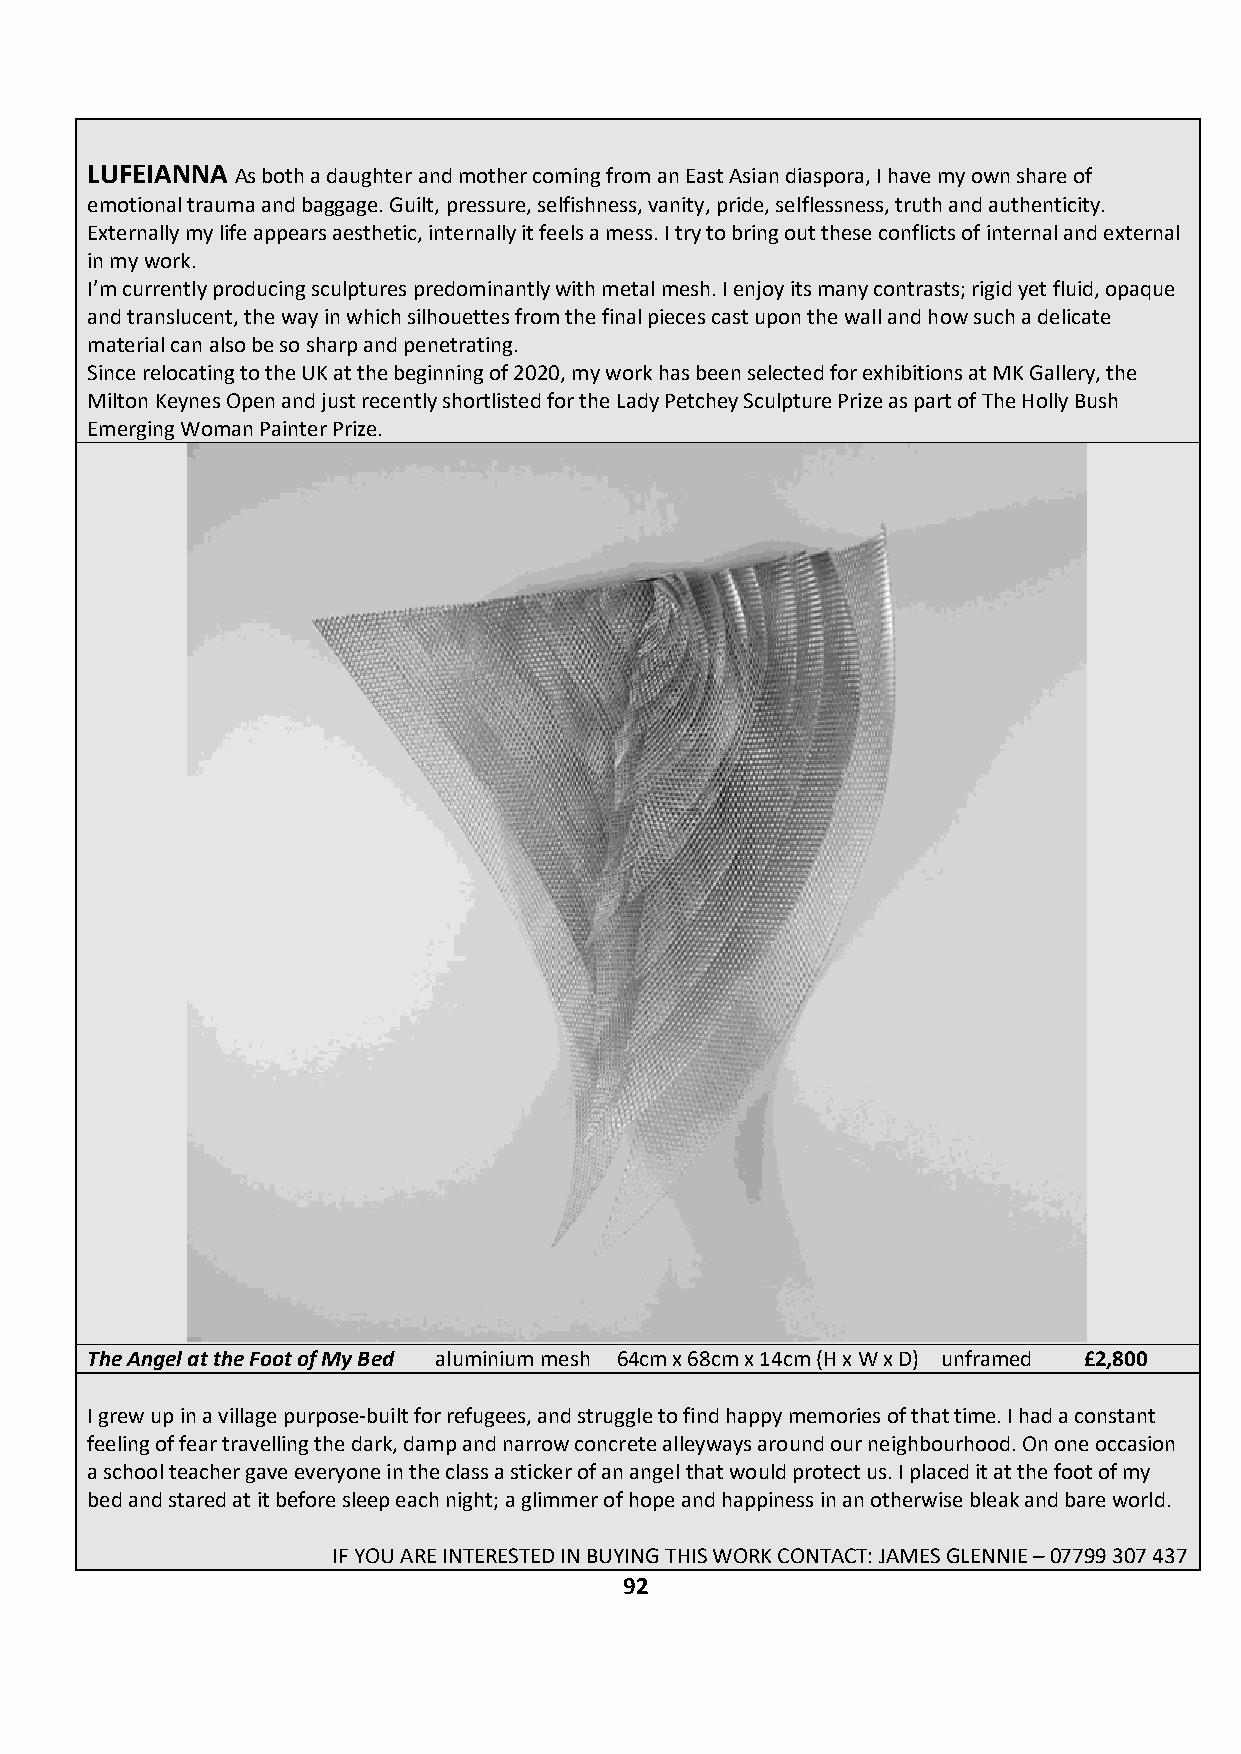
LUFEIANNA As both a daughter and mother coming from an East Asian diaspora, I have my own share of
 emotional trauma and baggage. Guilt, pressure, selfishness, vanity, pride, selflessness, truth and authenticity.
 Externally my life appears aesthetic, internally it feels a mess. I try to bring out these conflicts of internal and external
 in my work.
 I’m currently producing sculptures predominantly with metal mesh. I enjoy its many contrasts; rigid yet fluid, opaque
 and translucent, the way in which silhouettes from the final pieces cast upon the wall and how such a delicate
 material can also be so sharp and penetrating.
 Since relocating to the UK at the beginning of 2020, my work has been selected for exhibitions at MK Gallery, the
 Milton Keynes Open and just recently shortlisted for the Lady Petchey Sculpture Prize as part of The Holly Bush
 Emerging Woman Painter Prize.
 The Angel at the Foot of My Bed aluminium mesh 64cm x 68cm x 14cm (H x W x D) unframed £2,800
 I grew up in a village purpose-built for refugees, and struggle to find happy memories of that time. I had a constant
 feeling of fear travelling the dark, damp and narrow concrete alleyways around our neighbourhood. On one occasion
 a school teacher gave everyone in the class a sticker of an angel that would protect us. I placed it at the foot of my
 bed and stared at it before sleep each night; a glimmer of hope and happiness in an otherwise bleak and bare world.
 IF YOU ARE INTERESTED IN BUYING THIS WORK CONTACT: JAMES GLENNIE – 07799 307 437
 92